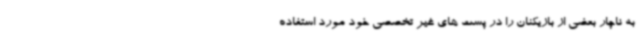
به ناچار بعضی از بازیکنان را در پست های غیر تخصصی خود مورد استفاده